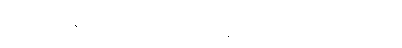
ဒါကိုကုစားနိုင်ဖို့ကြိုးစားရင်း ဘာတွေဆက်ဖြစ်မှာလဲဆိုတာကိုတော့